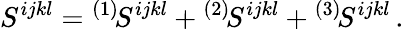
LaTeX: S^{ijkl}={}^{(1)}\! S^{ijkl}+{}^{(2)}\! S^{ijkl}+{}^{(3)}\! S^{ijkl}\, .